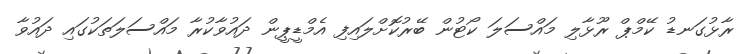
ރާޅުގަނޑު ކޭމްޕް ރޫޅާލި މައްސަލަ ކޯޓުން ބޭރުކޮށްލައިފި އެމްޑީޕީން ދައުވާކުރާ މައްސަލަތަކުގައި ދައުވާ